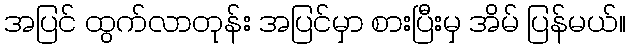
အပြင် ထွက်လာတုန်း အပြင်မှာ စားပြီးမှ အိမ် ပြန်မယ်။